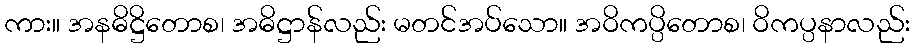
ကား။ အနဓိဋ္ဌိတောစ၊ အဓိဋ္ဌာန်လည်း မတင်အပ်သော။ အဝိကပ္ပိတောစ၊ ဝိကပ္ပနာလည်း